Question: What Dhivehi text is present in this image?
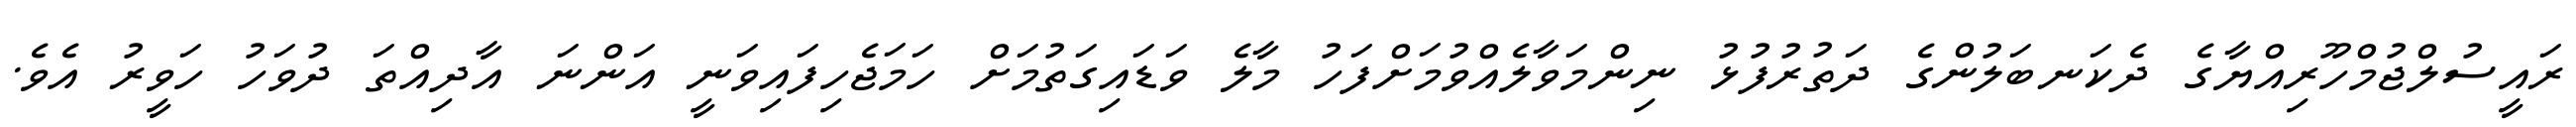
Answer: ރައީސުލްޖުމްހޫރިއްޔާގެ ދެކަނބަލުންގެ ދަތުރުފުޅު ނިންމަވާލެއްވުމަށްފަހު މާލެ ވަޑައިގަތުމަށް ހަމަޖެހިފައިވަނީ އަންނަ އާދިއްތަ ދުވަހު ހަވީރު އެވެ.